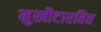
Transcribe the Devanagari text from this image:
मुखौटारहित